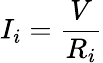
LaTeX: I_{i}={\frac{V}{R_{i}}}